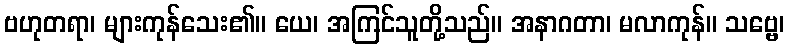
ဗဟုတရာ၊ များကုန်သေး၏။ ယေ၊ အကြင်သူတို့သည်။ အနာဂတာ၊ မလာကုန်။ သဗ္ဗေ၊